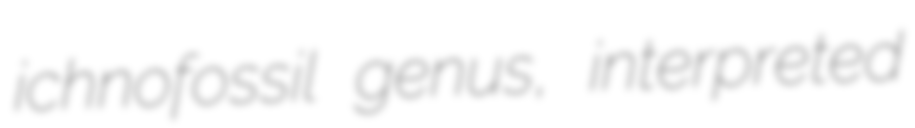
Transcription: ichnofossil genus, interpreted